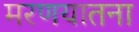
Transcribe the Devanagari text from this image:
मरणयातना